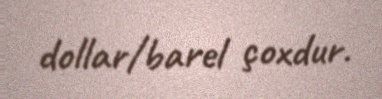
dollar/barel çoxdur.